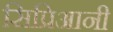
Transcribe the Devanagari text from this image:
सिप्रिआनी